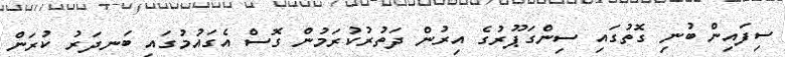
ސިފައިން ބުނި ގޮތުގައި ސިންގަޕޫރުގެ އިރުން ދަތުރުކުރަމުން ގޮސް އެގައުމުގައި ބަނދަރު ކުރަން